system: You are a helpful assistant.
user:
Analyze the provided spectrum to determine if it is a **S-type Star**.

- **Key Indicators for S-type Star:**

    - **(Overall Spectrum Shape):** The first and most obvious characteristic is the overall continuum (the "baseline" shape). It is **extremely "red-sloping,"** meaning the flux (light intensity) is very low on the left side (blue, ~4000-4500 Å) and rises steeply and continuously toward the right side (red, ~7000 Å+).

    - **(Primary):** The spectrum is defined by the presence of strong, broad molecular absorption "valleys" (bands) from **Zirconium Oxide (ZrO)**. The identification of these bands is the **primary requirement** for classifying a star as S-type.
        - **(Key Bandheads):** You must find distinct, deep "dips" where the light has been absorbed. The most critical band systems to locate are:
            - **~6474 Å** ($\gamma$-system): This is often the strongest and clearest ZrO feature, found in the red part of the spectrum.
            - **~5718 Å** & **~5551 Å** ($\beta$-system): A pair of prominent absorption features in the yellow-orange part of the spectrum.
            - **~4640 Å** ($\alpha$-system): A key absorption band system in the blue-green region of the spectrum.

    - **(Secondary Confirmation):** The classification is strengthened by finding additional absorption bands from other related heavy element oxides, which are expected to be present alongside ZrO.
        - **(Key Bandheads):**
            - **Yttrium Oxide (YO):** Look for absorption dips near **~4800 Å** and **~6100 Å**.
            - **Lanthanum Oxide (LaO):** Additional absorption features, particularly in the red-orange part of the spectrum, are also characteristic.

    - **(Line Profile):** The combination of the steep red continuum and these numerous, deep molecular bands (ZrO, YO, etc.) gives the entire spectrum a very **"chopped-up"** or **"bumpy"** appearance. Instead of a smooth curve, the spectrum looks as though large, wide chunks of light have been "carved out" of it at the specific wavelengths listed above.

Think first, call **spectral_visualization_tool** if needed to examine features in detail, then provide your final answer. Your response must adhere to the following strict rules:
1.  **Overall Structure:** Your response must follow the format `<think>...</think> <tool_call>...</tool_call> (if a tool is used) <answer>...</answer>`.
2.  **Tool Usage Constraint:** You may only make **one** tool call per turn.
3.  **Final Answer Format:** In the `<answer>` tag, your conclusion must be inside a `\boxed{}` command (e.g., `\boxed{YES}` or `\boxed{NO}`), followed by your justification.

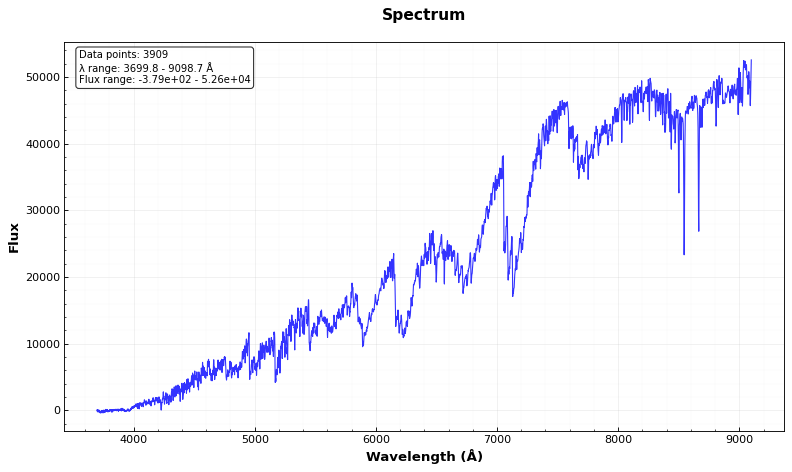
Answer: YES